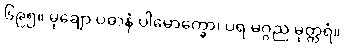
၆၉၅။ မုချော ပဓာနံ ပါမောက္ခော၊ ပရ မဂ္ဂည မုတ္တရံ။